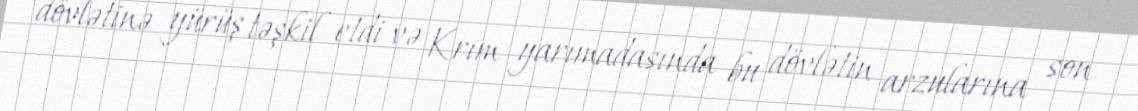
dövlətinə yürüş təşkil etdi və Krım yarımadasında bu dövlətin arzularına son